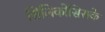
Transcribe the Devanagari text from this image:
सिलिकोसिसके